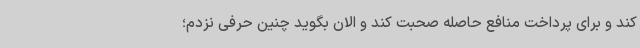
کند و برای پرداخت منافع حاصله صحبت کند و الان بگوید چنین حرفی نزدم؛